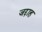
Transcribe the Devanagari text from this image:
जद्दाह